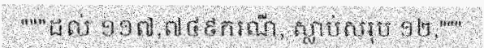
"""ដល់ ១១៧,៧៤៩ករណី, ស្លាប់សរុប ១២,"""